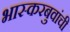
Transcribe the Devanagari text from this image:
भास्करबुवांची